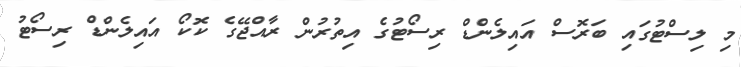
މި ލިސްޓުގައި ބަރޮސް އައިލެންޑް ރިސޯޓުގެ އިތުރުން ރާއްޖޭގެ ކޮކޯ އައިލެންޑް ރިސޯޓު